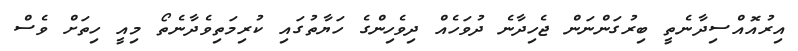
އިރުއޮއްސިދާނެތީ ބިރުގަންނަން ޖެހިދާނެ ދުވަހެއް ދިވެހިންގެ ހަޔާތުގައި ކުރިމަތިވެދާނެތޯ މިއީ ހިތަށް ވެސް